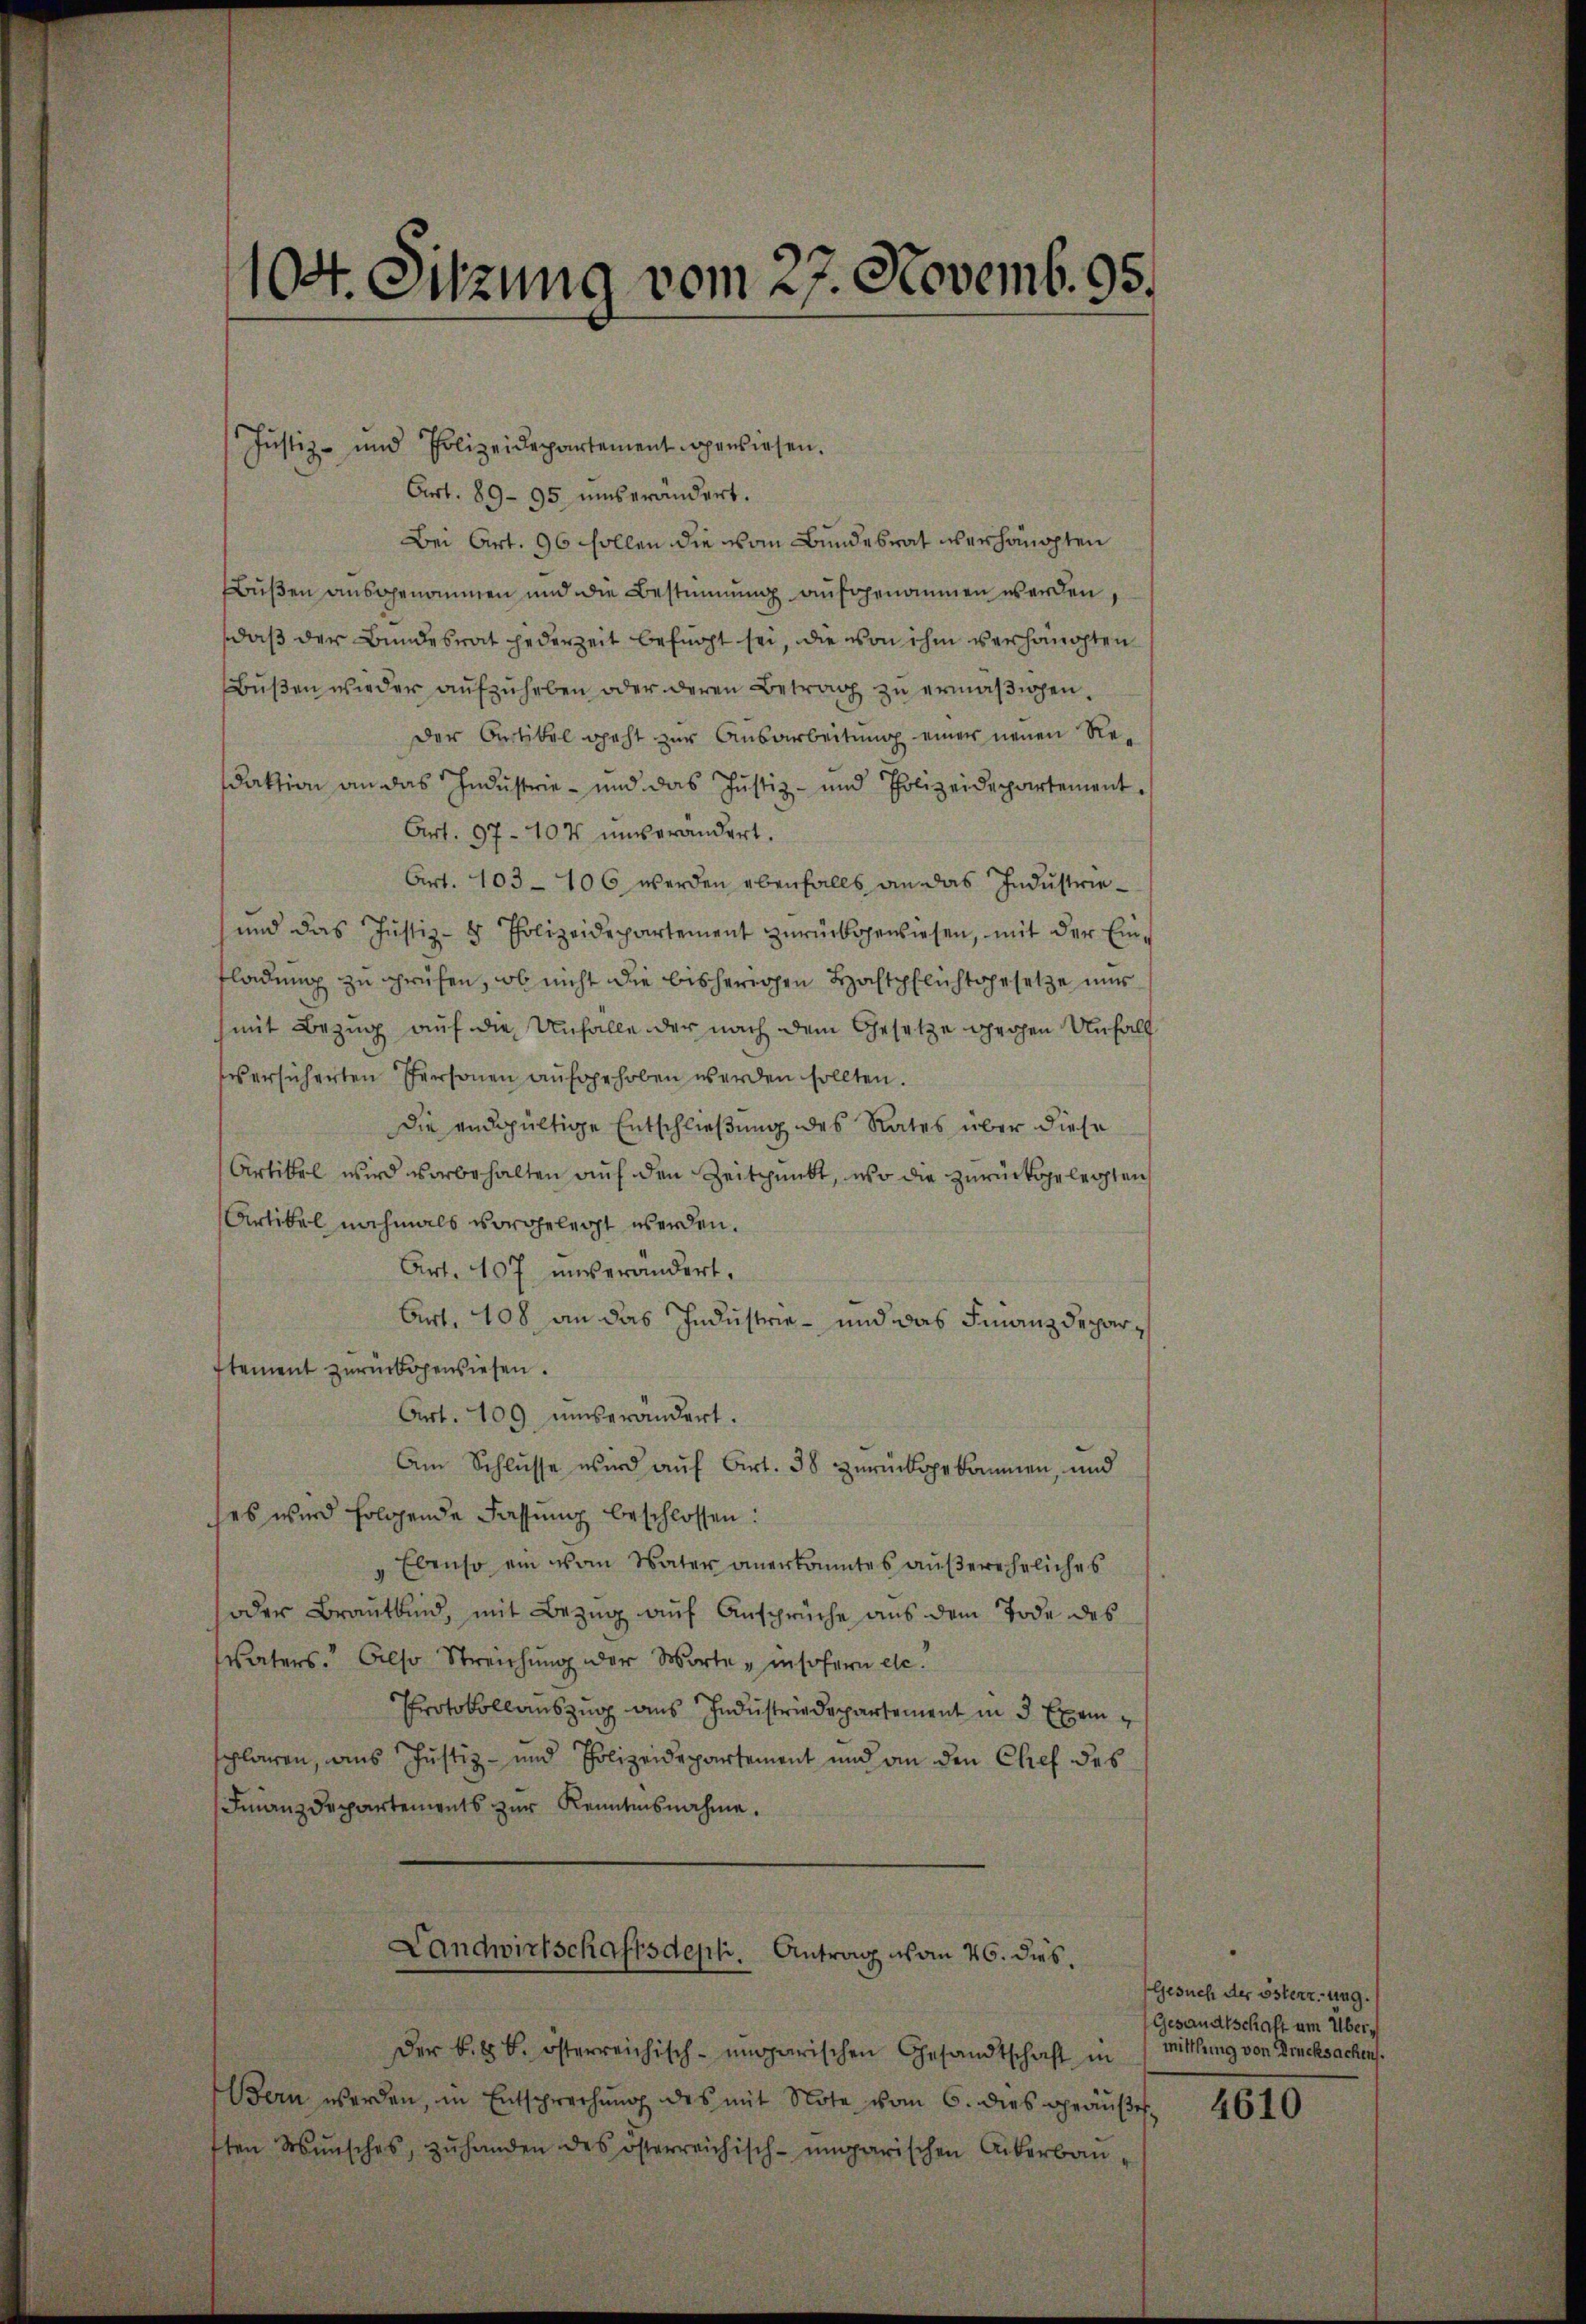
104. Sitzung vom 27. Novemb. 95.

Justiz- und Polizeidepartement gewiesen.
Art. 89- 95. unserändert.
Bei Art. 96 sollen die vom Bundesrat verhaupten
Bußen ausgenommen und die Bestimmung aufgenommen werden,
daß der Bundesrat jederzeit befugt sei, die von ihm verhängten
Bŭβen wieder aŭfzŭheben oder deren Betrag zu ermäßigen.
der Artikel geht zur Ausarbeitung einer neuen Redaktion an das Industrie - und das Justiz- und Polizeidepartement¬
Art. 97-107 unverändert.
Art. 103 - 106 werden ebenfalls an das Industrie¬
und das Justiz- & Polizeidepartement zurückgewiesen, mit der Einfladung zu prüfen, ob nicht die bisherigen Hochtpflichtgesetze uns
(mit Bezug auf die Unfalle der nach dem Gesetze gechen Unfall
ersicherten Personen aufgehoben werden sollten.
Die endgültige Entschließung des Rates über diese
Artikel wird vorbehalten auf den Zeitpunkt, wo die zurückgelegten
Artikel nochmals vorgelegt werden.
Art. 107 unverändert,
Art. 408 an das Industrie - und das Finanzdepartement zŭrückgewiesen.
Art. 109. unverändert.
Am Schlŭsse wird aŭf Cirt. 38 zŭrückgekommen, und
ses wird folgende Fassung beschlossen:
Ebenso ein vom Vater anerkanntes außereheliches
oder Brautkind, mit Bezug auf Ansprüche aus dem Tode des
Vaters. Also Streichung der Worte " insofern etc.
Protokollauszug aus Industriedepartement in 3 Exemschlagen, aus Justiz- und Polizeidepartement und an den Chef des
Finanzdepartements zŭr Kenntnisnahme.
Landwirtschaftsdepli. Antrag von 26. dies
Der k. k. k. österreichisch-ungarischen Gesandtschaft in
Bern werden, in Entsprechŭng des mit Note vom 6. dies geäŭβer
ften Wŭnsches, zŭ handen des österreichisch-ungarischen Ackerbau,

Gesuch der österr.-ung.
Gesandtschaft um Übermittlung von Drucksachens.

4610